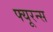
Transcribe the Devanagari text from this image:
फ्यूरन्स